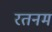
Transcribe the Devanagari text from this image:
रतनम